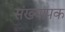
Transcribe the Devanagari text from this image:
संख्यापक